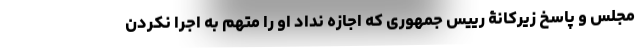
مجلس و پاسخ زیرکانۀ رییس جمهوری که اجازه نداد او را متهم به اجرا نکردن